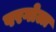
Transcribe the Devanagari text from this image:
परगोला